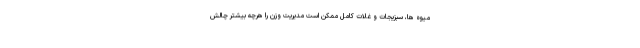
میوه ها، سبزیجات و غلات کامل ممکن است مدیریت وزن را هرچه بیشتر چالش